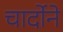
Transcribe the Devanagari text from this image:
चार्दोने